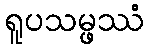
ရူပသမ္ဖဿံ